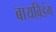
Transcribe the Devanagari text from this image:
बायबिडंग